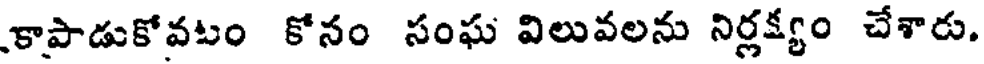
కాపాడుకోవటం కోనం సంఘ విలువలను నిర్లక్యం చేశారు.